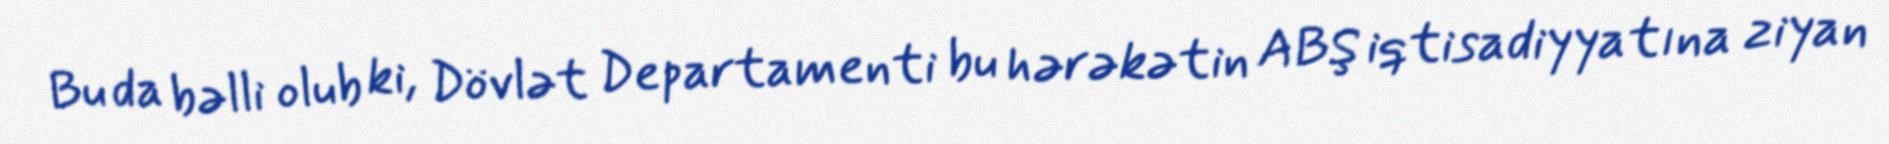
Bu da bəlli olub ki, Dövlət Departamenti bu hərəkətin ABŞ iqtisadiyyatına ziyan